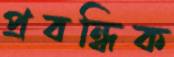
প্রবন্ধিক